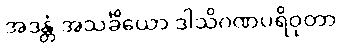
အဒန္တံ အသင်္ခိယော ဒါသိဂဏပရိဝုတာ